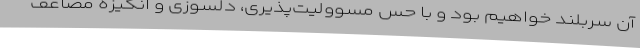
آن سربلند خواهیم بود و با حس مسوولیت‌پذیری، دلسوزی و انگیزه مضاعف